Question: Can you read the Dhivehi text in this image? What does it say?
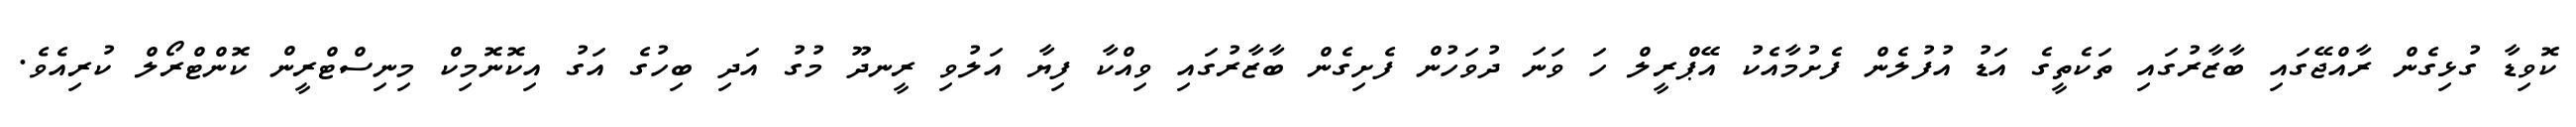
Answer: ކޮވިޑާ ގުޅިގެން ރާއްޖޭގައި ބާޒާރުގައި ތަކެތީގެ އަޑު އުފުލެން ފެށުމާއެކު އޭޕްރީލް ހަ ވަނަ ދުވަހުން ފެށިގެން ބާޒާރުގައި ވިއްކާ ފިޔާ އަލުވި ރީނދޫ މުގު އަދި ބިހުގެ އަގު އިކޮނޮމިކް މިނިސްޓްރީން ކޮންޓްރޯލް ކުރިއެވެ.